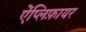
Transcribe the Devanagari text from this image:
ऐंप्लिफ़ायर